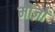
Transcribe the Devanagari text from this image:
मोज़ों